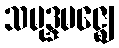
သမုဒ္ဒမဇ္ဈေ